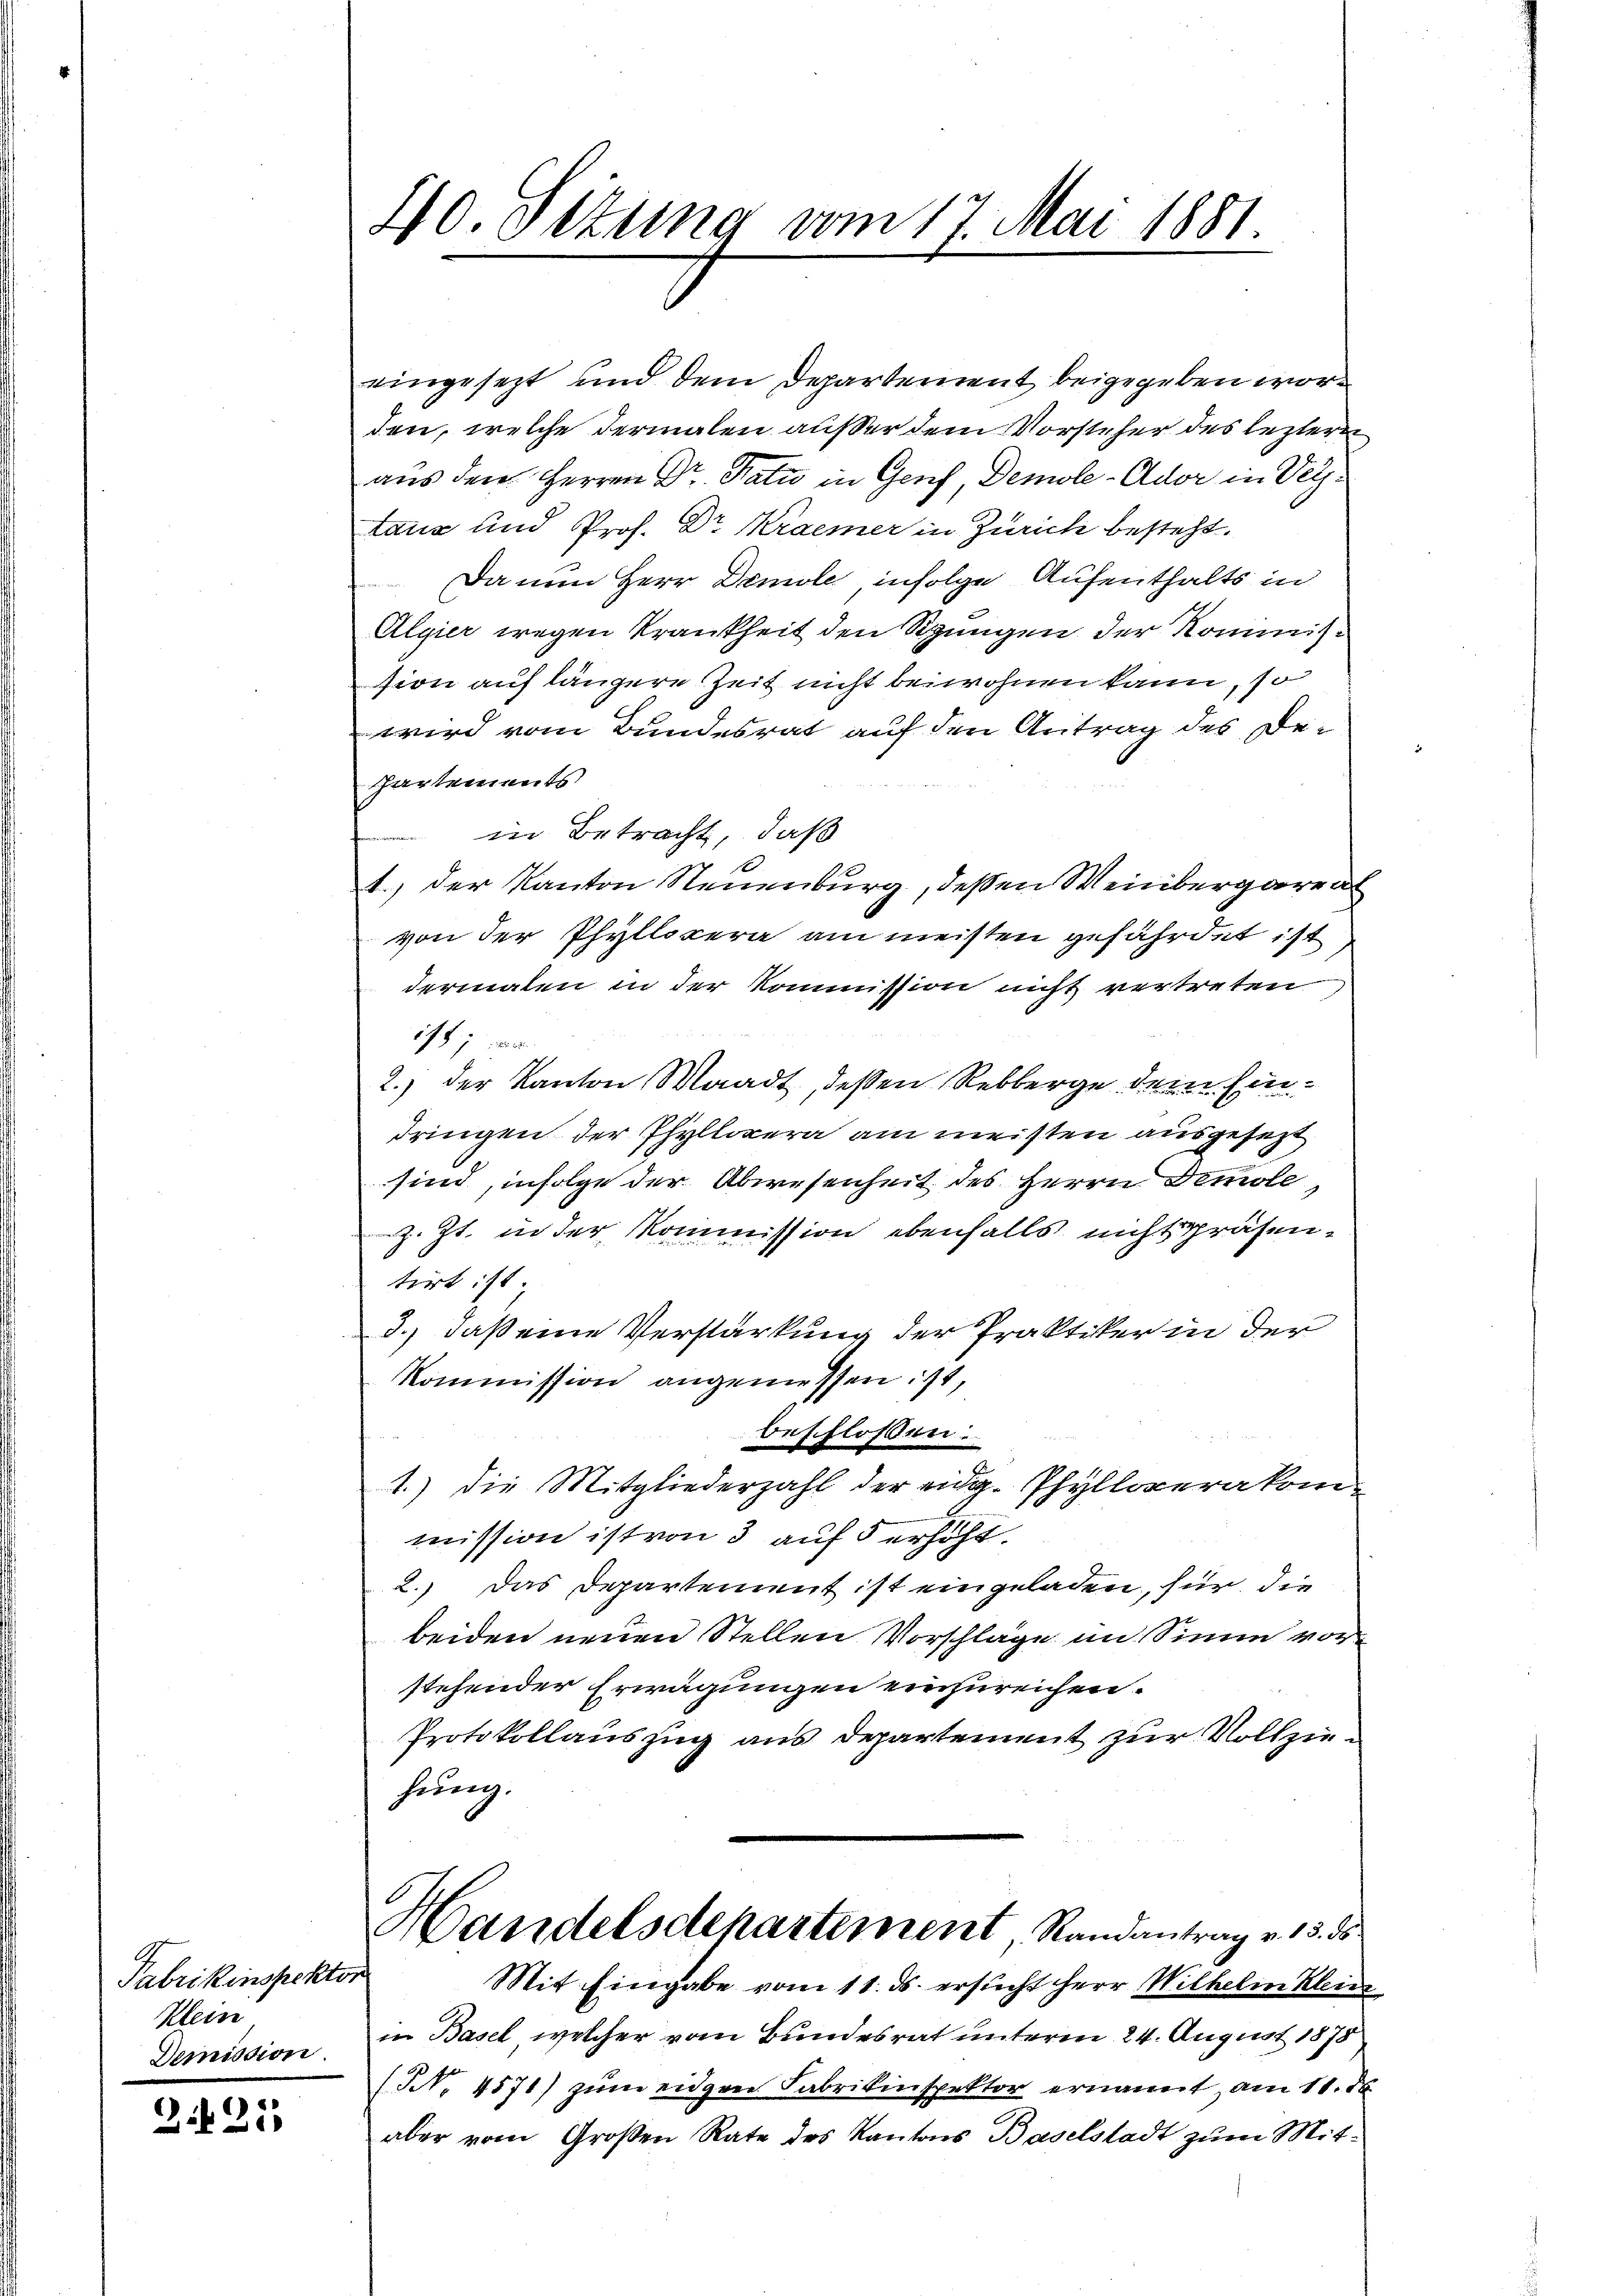
Fabrikinspektor
Klein

2125

40. Setung vom 17. Mai 1881.

eingesezt und dem Departement beigegeben worden, welche dermalen außer dem Vorsteher des leztere
aus den Herren Dr. Pati in Genf, Demole-Ador in Vertanz und Prof. Dr Kramer in Zürich besteht.
Da nun Herr Demole infolge Aufenthalts in
Algier wegen Krankheit den Sigungen der Kommission auf längere Zeit nicht beiwohnen kann, so
wird vom Bundesrat auf den Antrag des De-
Partements
in Betracht, daß
1.) Der Kanton Neuenburg, dessen Weinbergareal
von der Phyllspera am meisten gefährdet ist
dermalen in der Kommission nicht vertreten
1787 w
2.) der Kanton Waadt, dessen Rebberge dem Eindringen der Phyllopera am meisten ausgesezt
sind, infolge der Abwesenheit des Herrn Demole
z. Zt. in der Kommission ebenfalls nicht präsentirt ist
d.) daß eine Verstärkung der Praktiker in der
Kommission angemessen ist,
beschlossen:
1.) Die Mitgliederzahl der eidg. Phylloperakommission ist von 3 auf 5 erhöht.
2.) Das Departement ist eingeladen, für die
beiden neuen Stellen Vorschläge im Sinne vorstehender Erwägungen einzureichen.
Protokollauszug aus Departement zur Vollziehung.
Handelsdepartement, Randantrag v. 15. ds
Mit Eingabe vom 11. ds. ersucht herr Wilhelm Klein
Demission, in Basel, welcher vom Bundesrat unterm 24. August 1878
(N. 4571) zum eidgene Fabrikinspektor ernannt, am 10. d.
aber vom Großen Rate des Kantons Baselstadt zum Mit¬